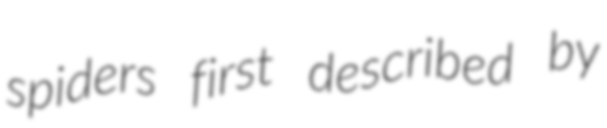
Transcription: spiders first described by